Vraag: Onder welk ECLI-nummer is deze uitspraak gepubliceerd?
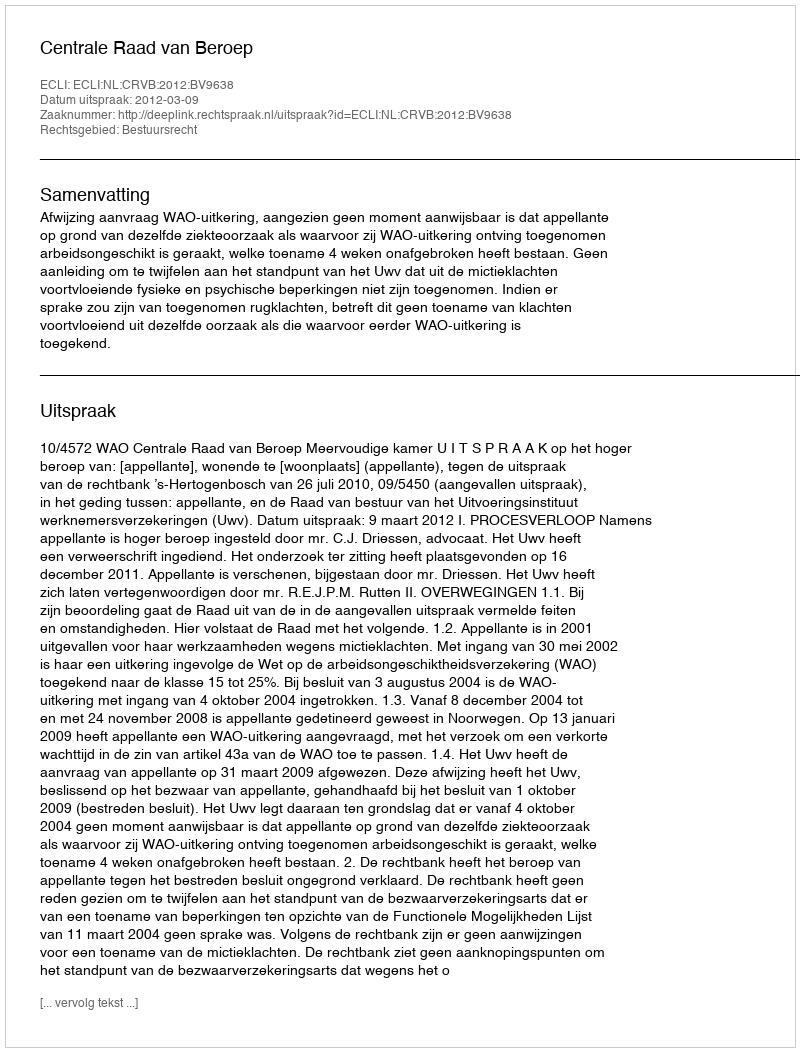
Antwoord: ECLI:NL:CRVB:2012:BV9638